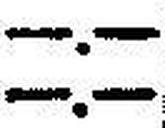
—.—